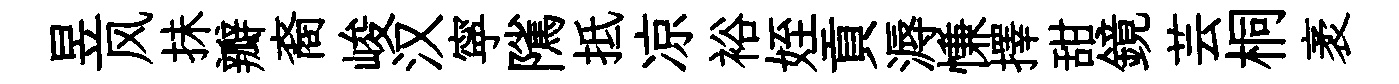
昱风抺瓣裔峻汉寜隲抵凉裕姪貢溽慊擇甜鏡芸桐袤